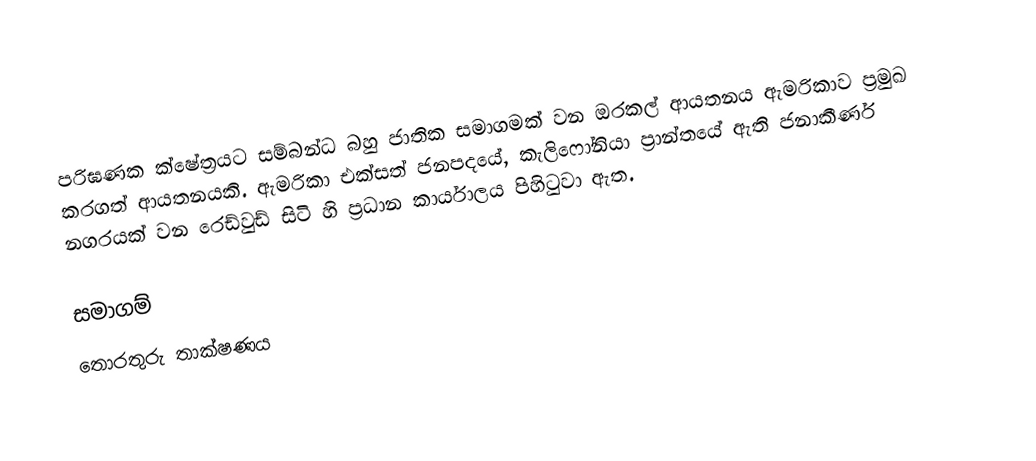
පරිඝණක ක්ෂේත්‍රයට සම්බන්ධ බහු ජාතික සමාගමක් වන ඔරකල් ආයතනය ඇමරිකාව ප්‍රමුඛ කරගත් ආයතනයකි. ඇමරිකා එක්සත් ජනපදයේ, කැලිෆෝනියා ප්‍රාන්තයේ ඇති ජනාකීර්ණ නගරයක් වන රෙඩ්වුඩ් සිටි හි ප්‍රධාන කාර්යාලය පිහිටුවා ඇත.

සමාගම්
‍‍තොරතුරු තාක්ෂණය